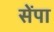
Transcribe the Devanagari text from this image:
सेंपा